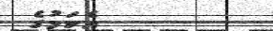
އެކަމުގެ